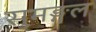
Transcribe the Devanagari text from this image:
सुमङ्गल